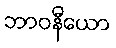
ဘာဝနီယော